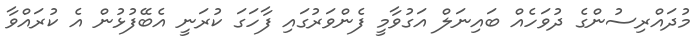
މުދައްރިސުންގެ ދުވަހެއް ބައިނަލް އަގުވާމީ ފެންވަރުގައި ފާހަގަ ކުރަނީ އެބޭފުޅުން އެ ކުރައްވާ